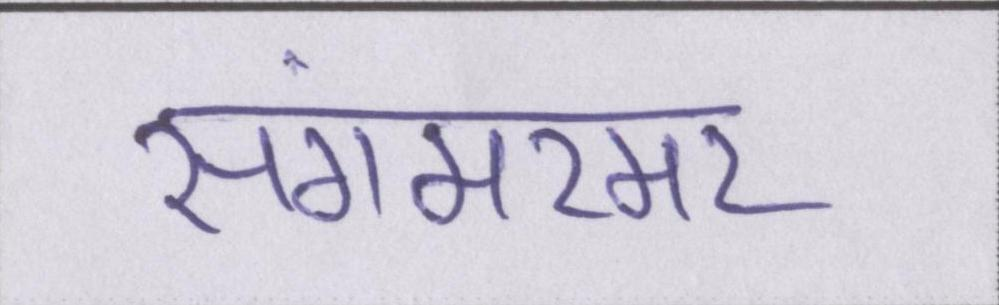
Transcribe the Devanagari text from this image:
संगमरमर